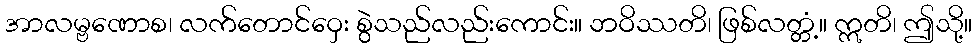
အာလမ္ဗဏောစ၊ လက်တောင်ဝှေး စွဲသည်လည်းကောင်း။ ဘဝိဿတိ၊ ဖြစ်လတ္တံ့။ ဣတိ၊ ဤသို့။